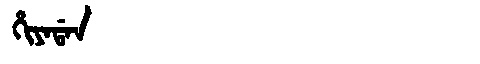
Manchu: ᡥᡳᠶᠠᡩᠠᠨ
Romanization: HIYADAN